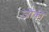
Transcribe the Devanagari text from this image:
जोंकी